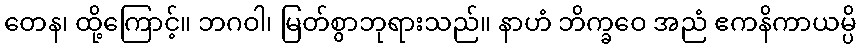
တေန၊ ထို့ကြောင့်။ ဘဂဝါ၊ မြတ်စွာဘုရားသည်။ နာဟံ ဘိက္ခဝေ အညံ ဧကနိကာယမ္ပိ